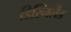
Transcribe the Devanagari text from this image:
डिस्निलैंड